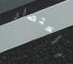
بإختصار